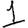
Digit: 1